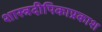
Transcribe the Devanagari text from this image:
शास्त्रदीपिकाप्रकाश